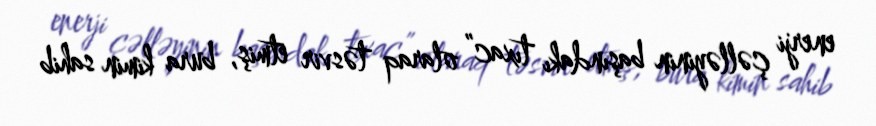
enerji çəlləyinin başındakı tıxac” olaraq təsvir etmiş, bura kimin sahib